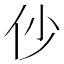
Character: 仯